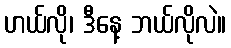
ဟယ်လို၊ ဒီနေ့ ဘယ်လိုလဲ။